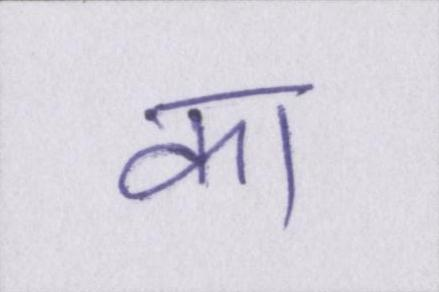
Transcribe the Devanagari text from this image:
का